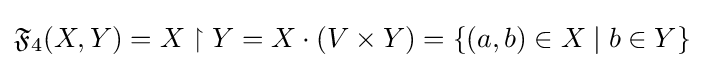
{\mathfrak {F}}_{4}(X,Y)=X\upharpoonright Y=X\cdot (V\times Y)=\{(a,b)\in X\mid b\in Y\}